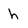
Character: h